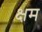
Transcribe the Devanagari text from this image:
क्षम